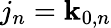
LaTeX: j_{n}=\mathbf{k}_{0,n}